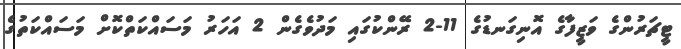
ޓީޗަރުންގެ ވަޒީފާގެ އޮނިގަނޑުގެ 11-2 ރޭންކުގައި މަދުވެގެން 2 އަހަރު މަސައްކަތްކޮށް މަސައްކަތުގެ